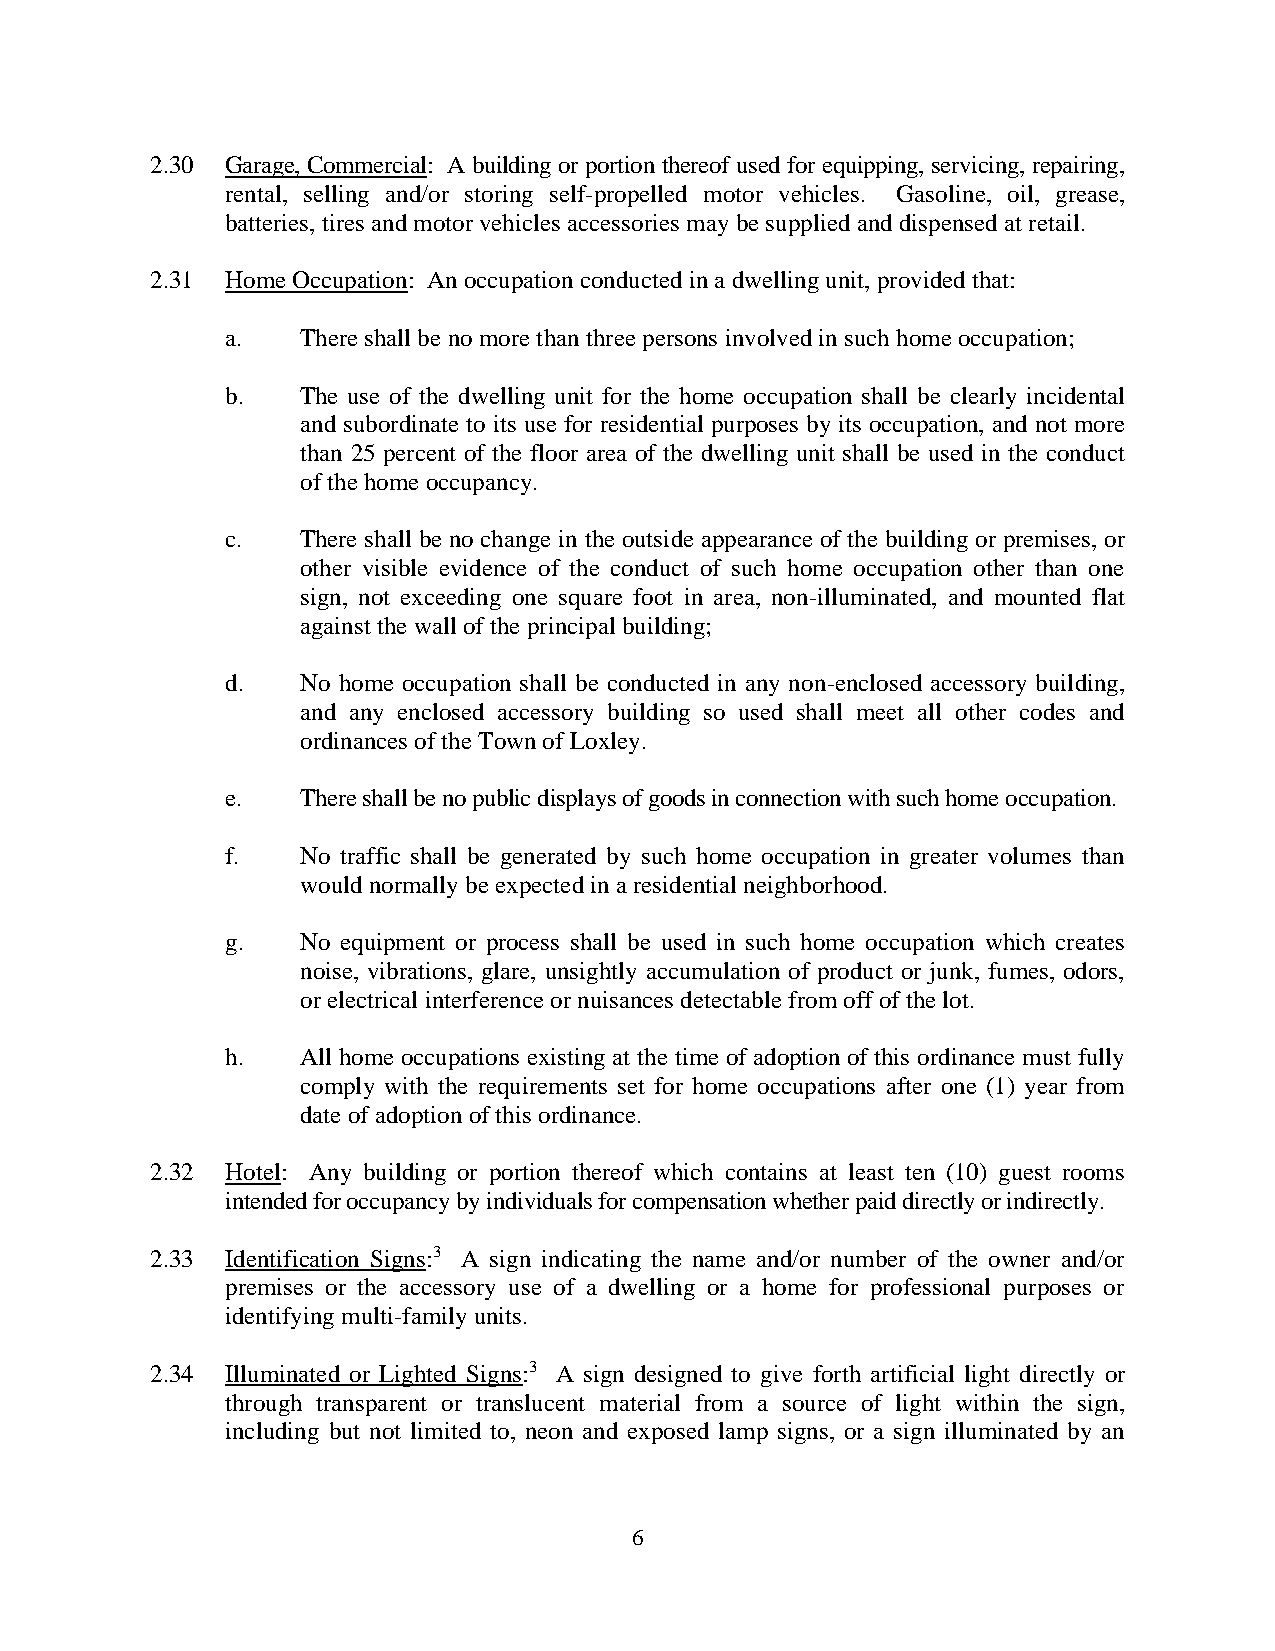
2.30 Garage, Commercial: A building or portion thereof used for equipping, servicing, repairing,
 rental, selling and/or storing self-propelled motor vehicles. Gasoline, oil, grease,
 batteries, tires and motor vehicles accessories may be supplied and dispensed at retail.
 2.31 Home Occupation: An occupation conducted in a dwelling unit, provided that:
 a.   There shall be no more than three persons involved in such home occupation;
 b.   The use of the dwelling unit for the home occupation shall be clearly incidental
 and subordinate to its use for residential purposes by its occupation, and not more
 than 25 percent of the floor area of the dwelling unit shall be used in the conduct
 of the home occupancy.
 c.   There shall be no change in the outside appearance of the building or premises, or
 other visible evidence of the conduct of such home occupation other than one
 sign, not exceeding one square foot in area, non-illuminated, and mounted flat
 against the wall of the principal building;
 d.   No home occupation shall be conducted in any non-enclosed accessory building,
 and any enclosed accessory building so used shall meet all other codes and
 ordinances of the Town of Loxley.
 e.   There shall be no public displays of goods in connection with such home occupation.
 f.   No traffic shall be generated by such home occupation in greater volumes than
 would normally be expected in a residential neighborhood.
 g.   No equipment or process shall be used in such home occupation which creates
 noise, vibrations, glare, unsightly accumulation of product or junk, fumes, odors,
 or electrical interference or nuisances detectable from off of the lot.
 h.   All home occupations existing at the time of adoption of this ordinance must fully
 comply with the requirements set for home occupations after one (1) year from
 date of adoption of this ordinance.
 2.32 Hotel: Any building or portion thereof which contains at least ten (10) guest rooms
 intended for occupancy by individuals for compensation whether paid directly or indirectly.
 2.33 Identification Signs:3 A sign indicating the name and/or number of the owner and/or
 premises or the accessory use of a dwelling or a home for professional purposes or
 identifying multi-family units.
 2.34 Illuminated or Lighted Signs:3 A sign designed to give forth artificial light directly or
 through transparent or translucent material from a source of light within the sign,
 including but not limited to, neon and exposed lamp signs, or a sign illuminated by an
 6